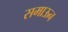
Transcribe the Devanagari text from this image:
समाऊन